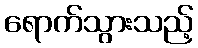
ရောက်သွားသည့်